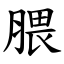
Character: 腲